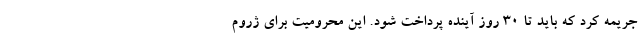
جریمه کرد که باید تا ۳۰ روز آینده پرداخت شود. این محرومیت برای ژروم